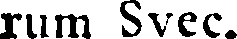
rum Svec.